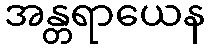
အန္တရာယေန